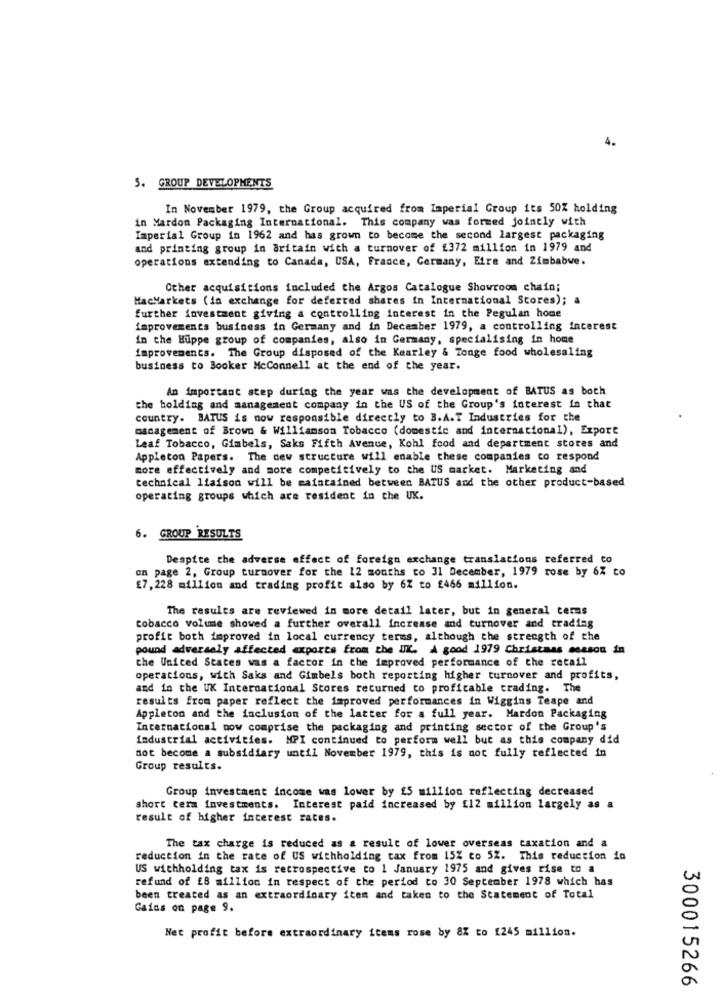
4.
5. GROUP DEVELOPMENTS
In November 1979, the Group acquired from Imperial Group its 50% holding
in Mardon Packaging International. This company was formed jointly with
Imperial Group in 1962 and has grown to become the second largest packaging
and printing group in Britain with a turnover of £372 million in 1979 and
operations extending to Canada, USA, France, Germany, Eire and Zimbabwe.
Other acquisitions included the Argos Catalogue Showroom chain;
MacMarkets (in exchange for deferred shares in International Stores); a
further investment giving a controlling interest in the Pegulan home
improvements business in Germany and in December 1979, a controlling interest
in the Huppe group of companies, also in Germany, specialising in home
improvements. The Group disposed of the Kearley & Tonge food wholesaling
business to Booker McConnell at the end of the year.
An important step during the year was the development of BATUS as both
the holding and management company in the US of the Group's interest in that
country. BAIUS is now responsible directly to B.A.T Industries for the
management of Brown & Williamson Tobacco (domestic and international), Export
Leaf Tobacco, Gimbels, Saks Fifth Avenue, Kohl food and department stores and
Appleton Papers. The new structure will enable these companies co respond
more effectively and more competitively to the US market. Marketing and
technical liaison will be maintained between BATUS and the other product-based
operating groups which are resident in the UK.
6. GROUP RESULTS
Despite the adverse effect of foreign exchange translations referred to
on page 2, Group turnover for the 12 months to 31 December, 1979 rose by 6% to
£7, 228 million and trading profit also by 6% to £466 million.
The results are reviewed in more detail later, but in general terms
tobacco volume showed a further overall increase and turnover and trading
profit both improved in local currency terms, although the strength of the
pound adversely affected exports from the UK. A good 1979 Christmas season in
the United States was a factor in the improved performance of the retail
operations, with Saks and Gimbels both reporting higher turnover and profits,
and in the UK International Stores returned to profitable trading. The
results from paper reflect the improved performances in Wiggins Teape and
Appleton and the inclusion of the latter for a full year. Mardon Packaging
International now comprise the packaging and printing sector of the Group's
industrial activities. MPI continued to perform well but as this company did
not become a subsidiary until November 1979, this is not fully reflected in
Group results.
Group investment income was lower by £5 million reflecting decreased
short term investments. Interest paid increased by [12 million largely as a
result of higher interest rates.
The tax charge is reduced as a result of lower overseas taxation and a
reduction in the rate of US withholding tax from 15% to 52. This reduction in
US withholding tax is retrospective to 1 January 1975 and gives rise to a
refund of EB million in respect of the period to 30 September 1978 which has
been treated as an extraordinary item and taken to the Statement of Total
Gains on page 9.
Net profit before extraordinary items rose by 8X to 1245 million.
300015266